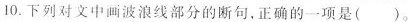
10.下列对文中画波浪线部分的断句。正确的一项是()。